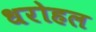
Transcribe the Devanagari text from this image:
धरोहल